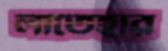
লাতেহার